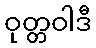
ဝုတ္တဝါဒီ